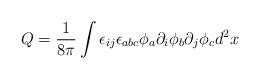
LaTeX: \begin{align*}Q=\frac{1}{8\pi } \int \epsilon_{ij} \epsilon_{abc} \phi_a \partial_i \phi_b \partial_j \phi_c d^2x\end{align*}